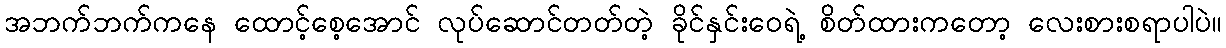
အဘက်ဘက်ကနေ ထောင့်စေ့အောင် လုပ်ဆောင်တတ်တဲ့ ခိုင်နှင်းဝေရဲ့ စိတ်ထားကတော့ လေးစားစရာပါပဲ။